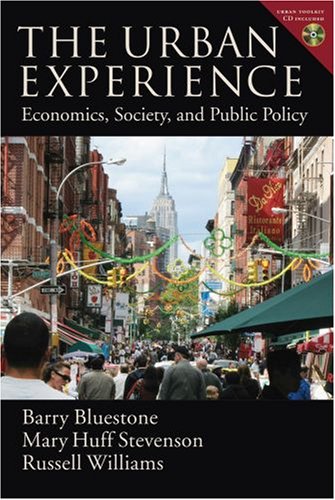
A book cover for The Urban Experience: Economics, Society, and Public Policy; Barry Bluestone; Business & Money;